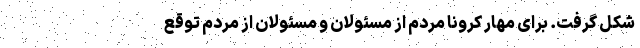
شکل گرفت. برای مهار کرونا مردم از مسئولان و مسئولان از مردم توقع